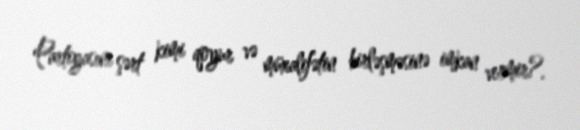
Partiyasını şərt kimi qoyur və müxalifətin birləşməsinə imkan vermir?.